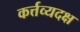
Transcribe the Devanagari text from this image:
कर्त्तव्यदक्ष